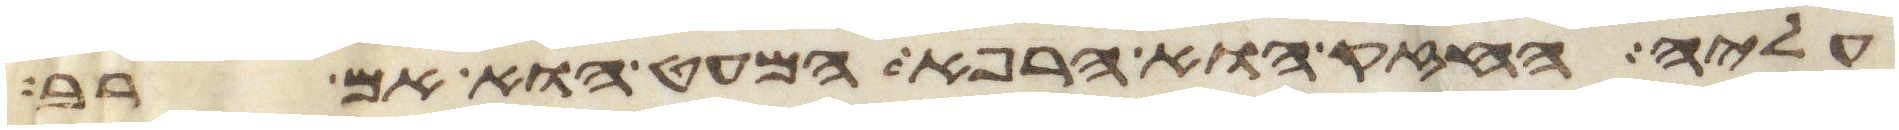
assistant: עליה החזק או הרפא המעט הוא אם רב